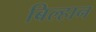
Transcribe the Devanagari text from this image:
बिल्हान